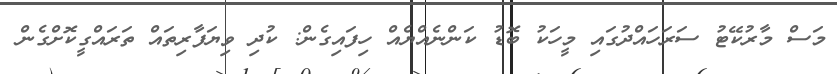
މަސް މާރުކޭޓު ސަރަހައްދުގައި މީހަކު ބޮޑު ކަންނެއްޔެއް ހިފައިގެން: ކުދި ވިޔަފާރިތައް ތަރައްގީކޮށްގެން